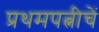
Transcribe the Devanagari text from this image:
प्रथमपत्नीचें